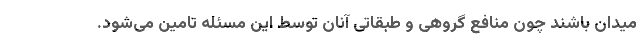
میدان باشند چون منافع گروهی و طبقاتی آنان توسط این مسئله تامین می‌شود.